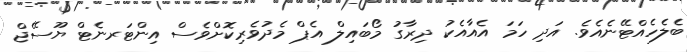
ބެލެހެއްޓޭނެއެވެ. އަދި ހަމަ އެއާއެކު ދިރާގު މޯބައިލް އެޕް މެދުވެރިކޮށްވެސް އިންޓަރނެޓް ޔޫސޭޖް